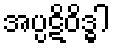
အပ္ပဋိဝိဒ္ဓါ